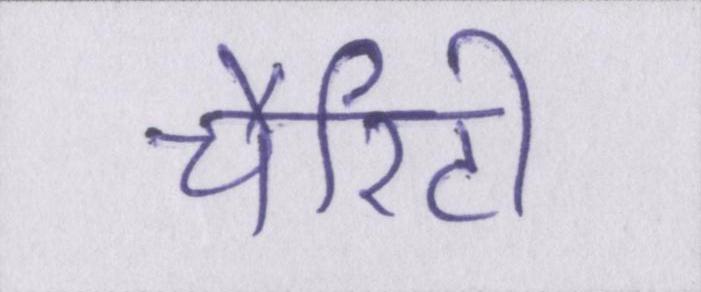
चैरिटी